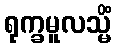
ရုက္ခမူလသ္မိံ